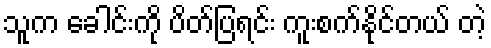
သူက ခေါင်းကို ပိတ်ပြရင်း ကူးစက်နိုင်တယ် တဲ့